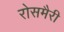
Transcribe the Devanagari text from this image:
रोसमैरी